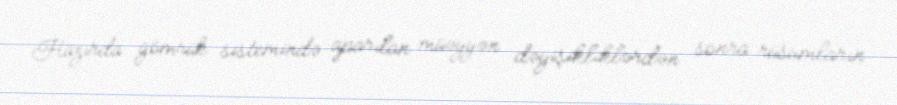
Hazırda gömrük sistemində aparılan müəyyən dəyişikliklərdən sonra rüsumların